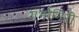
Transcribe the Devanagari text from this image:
गर्भागिरी